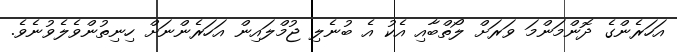
އަހަރެންގެ ދޮންމަންމަ ވަރަށް ލޯތްބާއި އެކު އެ ބުނެލި ޖުމްލައިން އަހަރެންނަށް ހިނިތުންވެލެވުނެވެ.